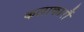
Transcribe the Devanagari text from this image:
कलाकारौं